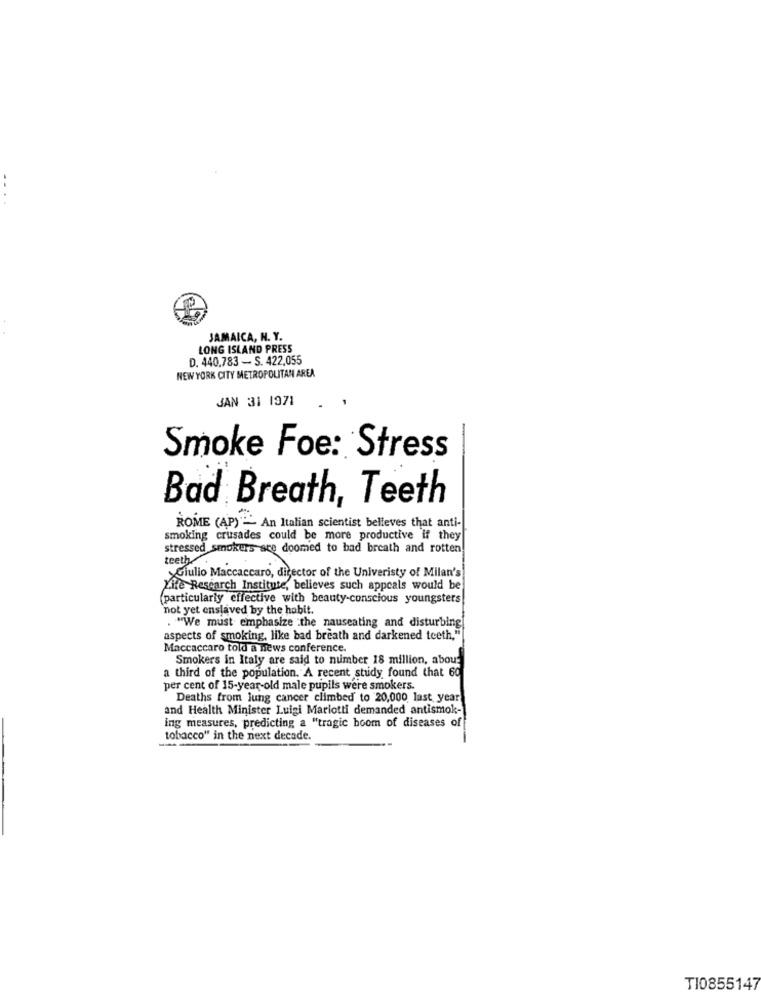
..
JAMAICA, N. Y.
LONG ISLAND PRESS
D. 440.783 - S. 422,055
NEW YORK CITY METROPOLITAN AREA
JAN 31 1971
Smoke Foe: Stress
Bad Breath, Teeth
ROME (AP) -" An Italian scientist believes that anti-
smoking crusades could be more productive if they
stressed smokers ace doomed to bad breath and rotten
teeth.
Giulio Maccaccaro, director of the Univeristy of Milan's
Life Research Institute, believes such appeals would be
(particularly effective with beauty-conscious youngsters
not yet enslaved by the habit.
. "We must emphasize :the nauseating and disturbing
aspects of smoking, like bad breath and darkened teeth,"
Maccaccaro told a news conference.
Smokers in Italy are said to number 18 million, abou:
a third of the population. A recent study found that 60
per cent of 15-year-old male pupils were smokers.
Deaths from lung cancer climbed to 20,000 last year
and Health Minister Luigi Mariotti demanded antismok-
ing measures, predicting a "tragic boom of diseases of
tobacco" in the next decade.
TI0855147